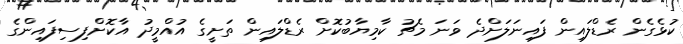
ކުޅެގެން ރެޑްލައިން ފައިނަލަށްދެ ވަނަ މެޗު ކާމިޔާބުކޮށް ރެޑްލައިން ތަށީގެ އުއްމީދު އާކޮށްފިސިފައިންގެ